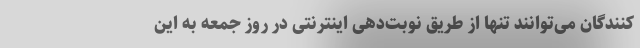
‌کنندگان می‌توانند تنها از طریق نوبت‌دهی اینترنتی در روز جمعه به این